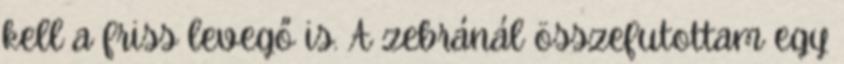
kell a friss levegő is. A zebránál összefutottam egy